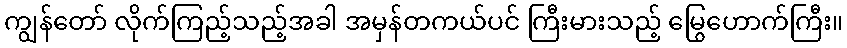
ကျွန်တော် လိုက်ကြည့်သည့်အခါ အမှန်တကယ်ပင် ကြီးမားသည့် မြွေဟောက်ကြီး။